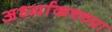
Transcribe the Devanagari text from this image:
अर्ध्याकच्च्या